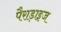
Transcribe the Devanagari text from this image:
पैराड़ाइज